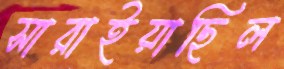
সারাইয়াছিল